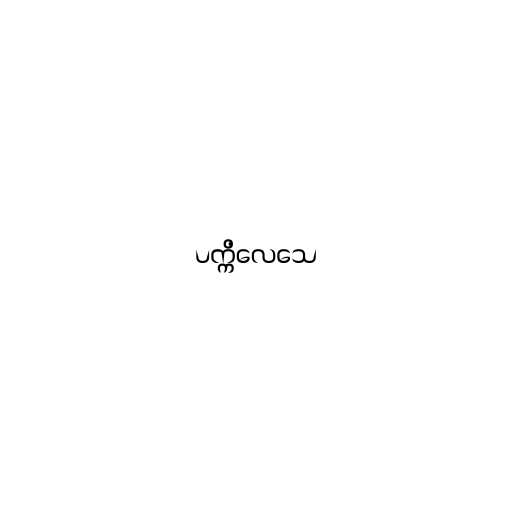
ပက္ကိလေသေ